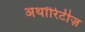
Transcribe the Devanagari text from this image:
अथॉरिटीज़